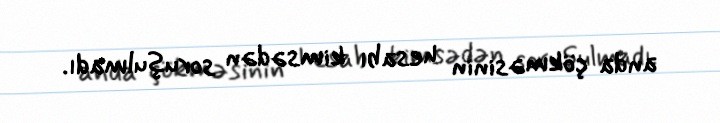
anda çökməsinin hesabı kimsədən soruşulmadı.